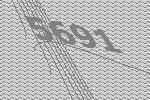
5691